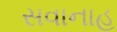
સવાનાહ